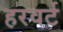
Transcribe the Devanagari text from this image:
हरवर्ट